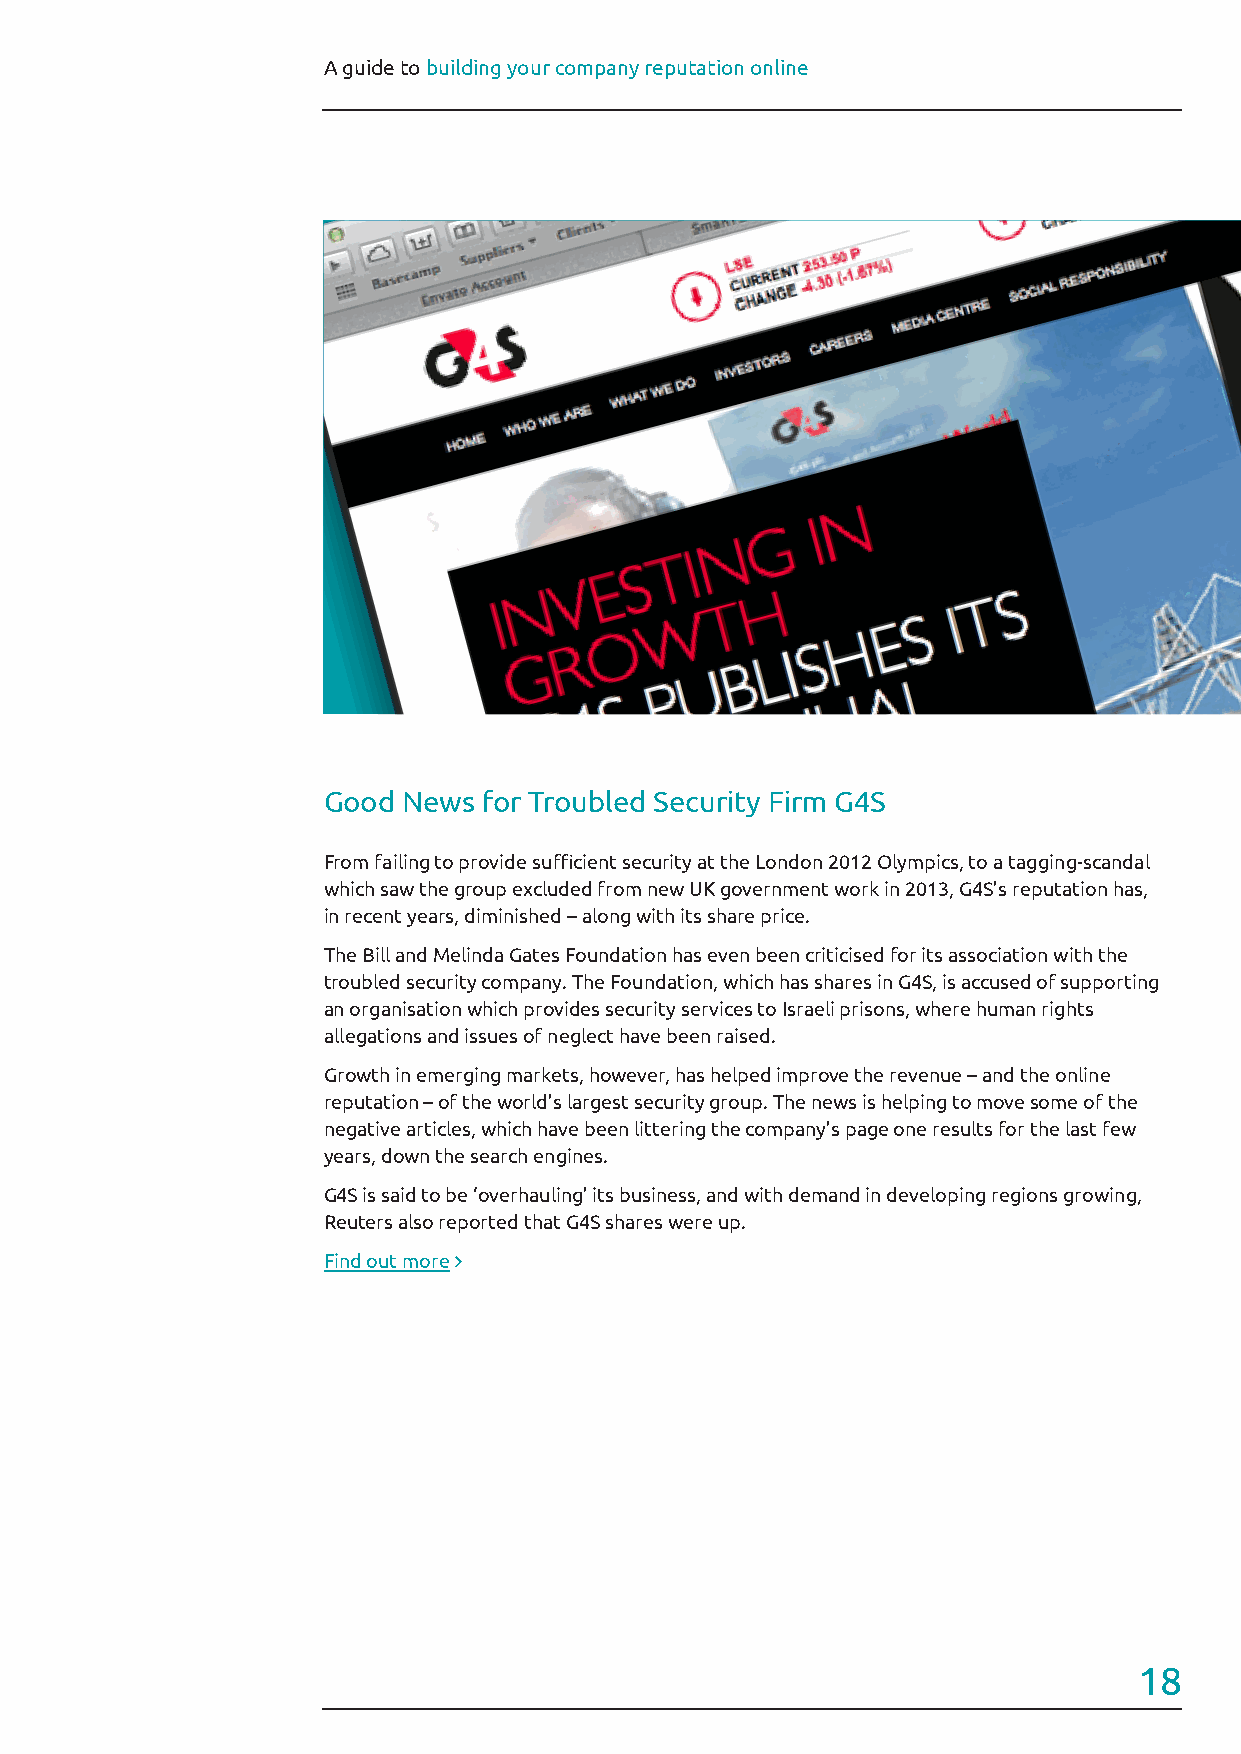
A guide to building your company reputation online
 Good  News for Troubled Security Firm G4S
 From failing to provide sufficient security at the London 2012 Olympics, to a tagging-scandal
 which saw the group excluded from new UK government work in 2013, G4S’s reputation has,
 in recent years, diminished – along with its share price.
 The Bill and Melinda Gates Foundation has even been criticised for its association with the
 troubled security company. The Foundation, which has shares in G4S, is accused of supporting
 an organisation which provides security services to Israeli prisons, where human rights
 allegations and issues of neglect have been raised.
 Growth in emerging markets, however, has helped improve the revenue – and the online
 reputation – of the world’s largest security group. The news is helping to move some of the
 negative articles, which have been littering the company’s page one results for the last few
 years, down the search engines.
 G4S is said to be ‘overhauling’ its business, and with demand in developing regions growing,
 Reuters also reported that G4S shares were up.
 Find out more 
 18